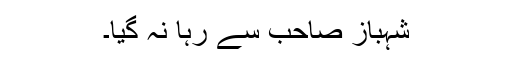
شہباز صاحب سے رہا نہ گیا۔